Tezpur Lunatic Asylum reports 1895-1904 - 1895-1904
Year: 1895
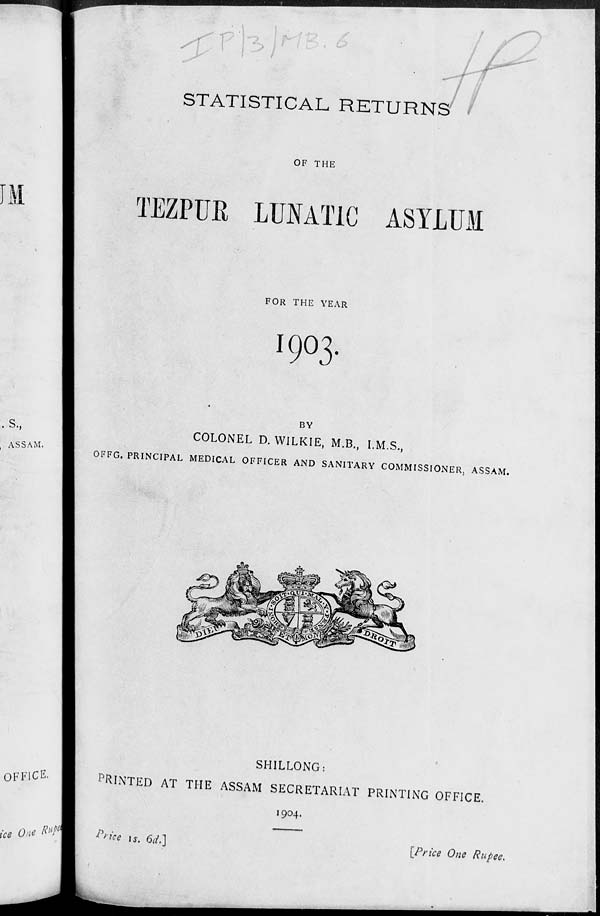
•
STATISTICAL RETURNS
OF THE
IM
TEZPUB LUIATIC ASYLUM
FOR THE YEAR
1903
s
ASSAM.
BY
COLONEL D. WILKIE, M.B., I.M.S.,
OFFG. PRINCIPAL MEDICAL OFFICER AND SANITARY COMMISSIONER, ASSAM.
OFFICE.
ice One
SHILLONG:
PRINTED AT THE ASSAM SECRETARIAT PRINTING OFFICE.
1904.
Price is. 61L]
[Price One Rupee.